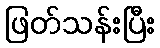
ဖြတ်သန်းပြီး